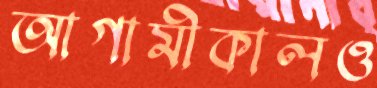
আগামীকালও